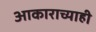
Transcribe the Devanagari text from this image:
आकाराच्याही